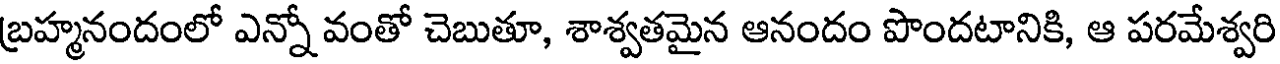
బ్రహ్మనందంలో ఎన్నో వంతో చెబుతూ, శాశ్వతమైన ఆనందం పొందటానికి, ఆ పరమేశ్వరి